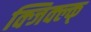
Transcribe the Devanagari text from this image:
क्जिक्ल्क्